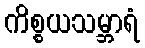
ကိစ္စယသမ္ဘာရံ